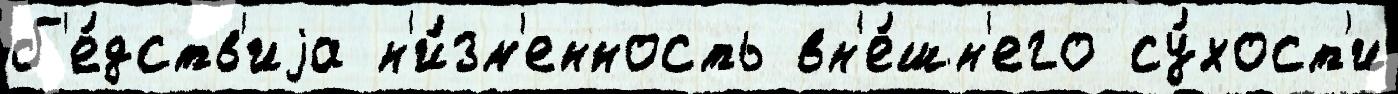
б'е́дств'иjа н'и́зм'енность вн'е́шн'его су́хост'и